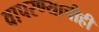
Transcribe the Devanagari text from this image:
वापरण्याचीही